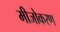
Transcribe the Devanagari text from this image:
मीजोकरण